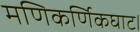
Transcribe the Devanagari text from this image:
मणिकर्णिकघाट।